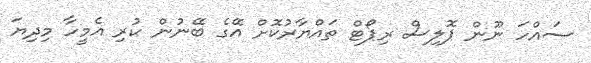
ސައްހަ ނޫން ޕޮލިސް ރިޕޯޓް ތައްޔާރުކޮށް އޭގެ ބޭނުން ކުރި އެމީހާ މިދިޔަ